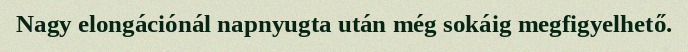
Nagy elongációnál napnyugta után még sokáig megfigyelhető.